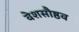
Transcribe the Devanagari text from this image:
वेशसौष्ठव